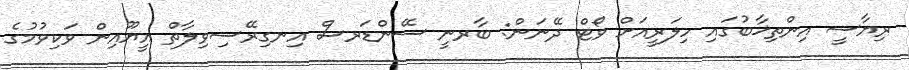
ރިޔާސީ އިންތިޚާބުގައި ހިލަރީއަށް ވޯޓް ދޭނަން: ބާރނީ ސޭންޑަރސް އިނގިރޭސިވިލާތް އީޔޫއިން ވަކިވުމުގެ